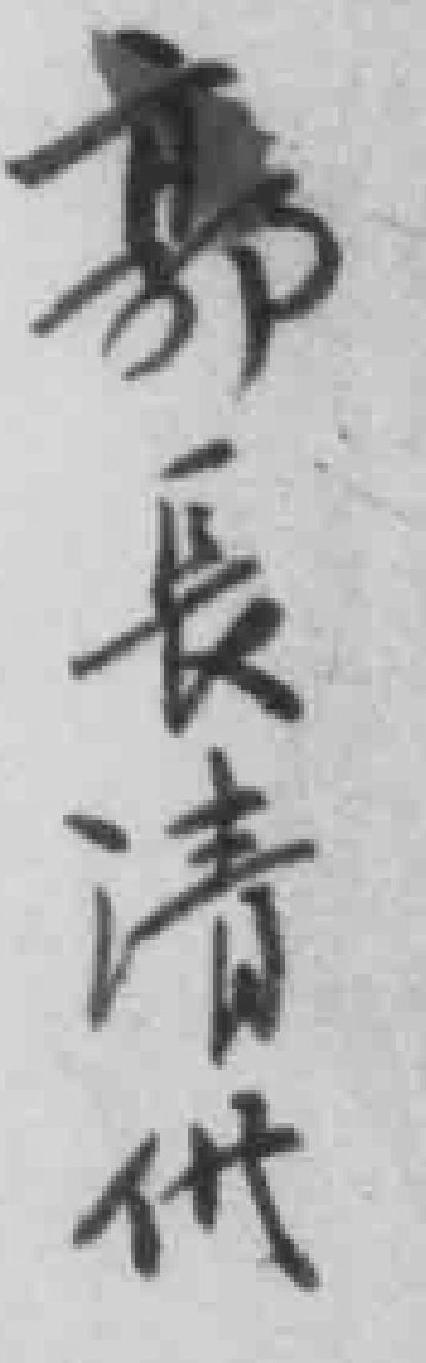
郭長清供